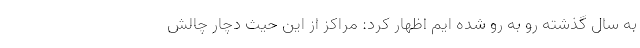
به سال گذشته رو به رو شده ایم اظهار کرد: مراکز از این حیث دچار چالش